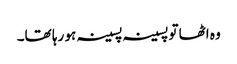
وہ اٹھا تو پسینہ پسینہ ہو رہا تھا۔